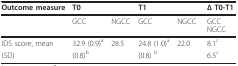
| Outcome measure | T0 |  | T1 |  | Δ T0-T1 |
 | --- | --- | --- | --- | --- | --- |
 |  | GCC | NGCC | GCC | NGCC | GCCNGCC |
 | IDS score, mean | 32.9 (0.9)a | 28.5 | 24.8 (1.0)a | 22.0 | 8.1c |
 | (SD) | (0.8)b |  | (0.8) b |  | 6.5c |